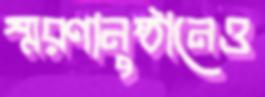
স্মরণানুষ্ঠানেও